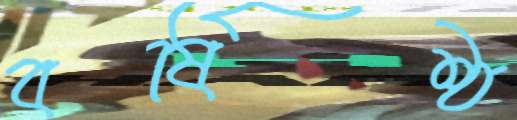
বর্ষিষ্ঠ